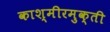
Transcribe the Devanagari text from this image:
काश्मीरमुक्ती